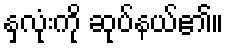
နှလုံးကို ဆုပ်နယ်၏။